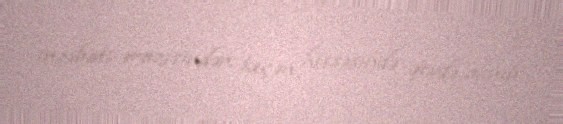
inzibati ərazisindən keçən hissəsində qeydə alınıb.